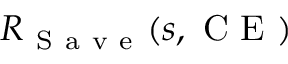
R _ { \mathrm { ~ S ~ a ~ v ~ e ~ } } ( s , \mathrm { ~ C ~ E ~ } )